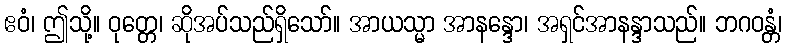
ဧဝံ၊ ဤသို့။ ဝုတ္တေ၊ ဆိုအပ်သည်ရှိသော်။ အာယသ္မာ အာနန္ဒော၊ အရှင်အာနန္ဒာသည်။ ဘဂဝန္တံ၊